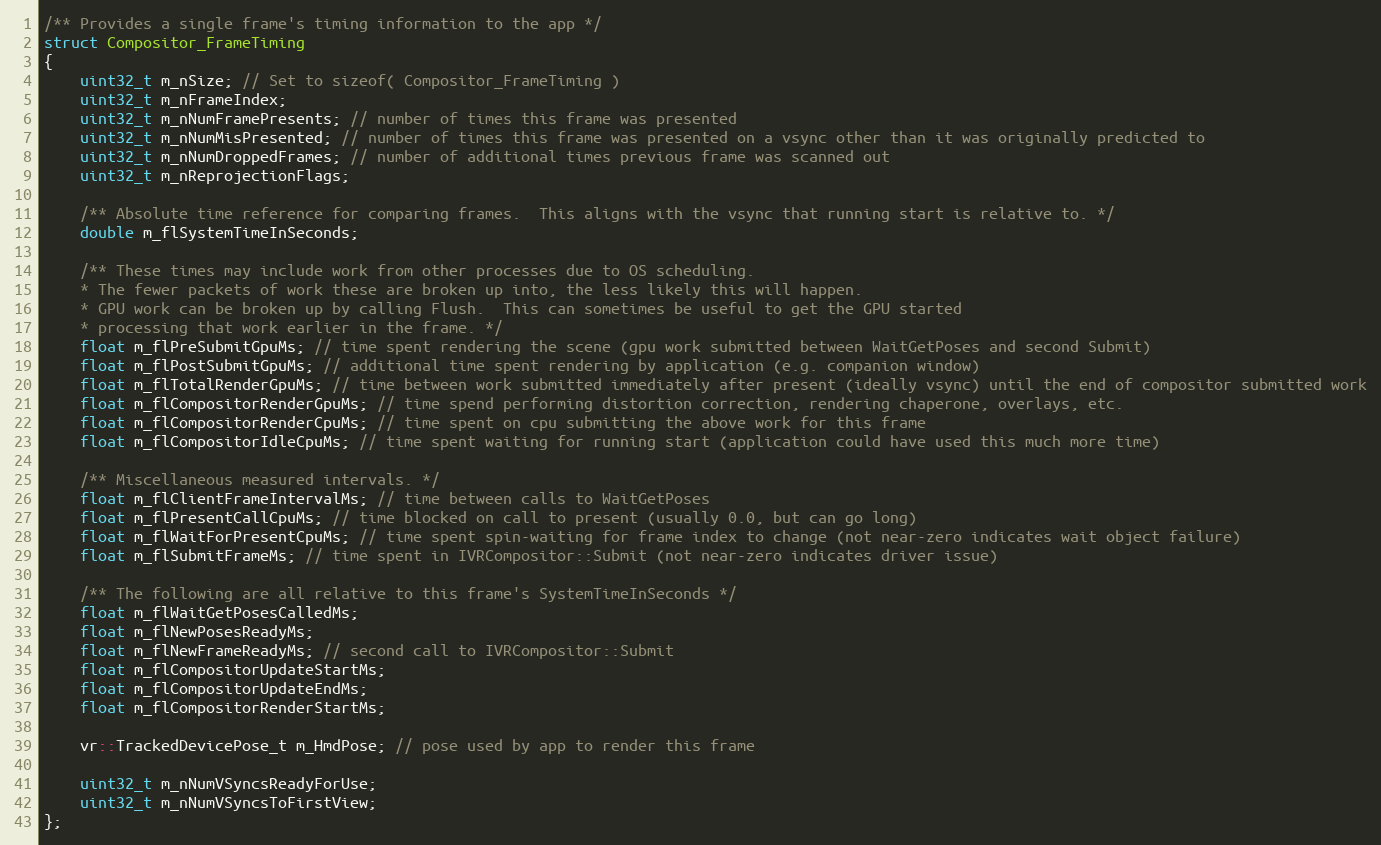
Language: C
/** Provides a single frame's timing information to the app */
struct Compositor_FrameTiming
{
	uint32_t m_nSize; // Set to sizeof( Compositor_FrameTiming )
	uint32_t m_nFrameIndex;
	uint32_t m_nNumFramePresents; // number of times this frame was presented
	uint32_t m_nNumMisPresented; // number of times this frame was presented on a vsync other than it was originally predicted to
	uint32_t m_nNumDroppedFrames; // number of additional times previous frame was scanned out
	uint32_t m_nReprojectionFlags;

	/** Absolute time reference for comparing frames.  This aligns with the vsync that running start is relative to. */
	double m_flSystemTimeInSeconds;

	/** These times may include work from other processes due to OS scheduling.
	* The fewer packets of work these are broken up into, the less likely this will happen.
	* GPU work can be broken up by calling Flush.  This can sometimes be useful to get the GPU started
	* processing that work earlier in the frame. */
	float m_flPreSubmitGpuMs; // time spent rendering the scene (gpu work submitted between WaitGetPoses and second Submit)
	float m_flPostSubmitGpuMs; // additional time spent rendering by application (e.g. companion window)
	float m_flTotalRenderGpuMs; // time between work submitted immediately after present (ideally vsync) until the end of compositor submitted work
	float m_flCompositorRenderGpuMs; // time spend performing distortion correction, rendering chaperone, overlays, etc.
	float m_flCompositorRenderCpuMs; // time spent on cpu submitting the above work for this frame
	float m_flCompositorIdleCpuMs; // time spent waiting for running start (application could have used this much more time)

	/** Miscellaneous measured intervals. */
	float m_flClientFrameIntervalMs; // time between calls to WaitGetPoses
	float m_flPresentCallCpuMs; // time blocked on call to present (usually 0.0, but can go long)
	float m_flWaitForPresentCpuMs; // time spent spin-waiting for frame index to change (not near-zero indicates wait object failure)
	float m_flSubmitFrameMs; // time spent in IVRCompositor::Submit (not near-zero indicates driver issue)

	/** The following are all relative to this frame's SystemTimeInSeconds */
	float m_flWaitGetPosesCalledMs;
	float m_flNewPosesReadyMs;
	float m_flNewFrameReadyMs; // second call to IVRCompositor::Submit
	float m_flCompositorUpdateStartMs;
	float m_flCompositorUpdateEndMs;
	float m_flCompositorRenderStartMs;

	vr::TrackedDevicePose_t m_HmdPose; // pose used by app to render this frame

	uint32_t m_nNumVSyncsReadyForUse;
	uint32_t m_nNumVSyncsToFirstView;
};